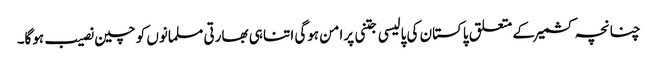
چنانچہ کشمیرکے متعلق پاکستان کی پالیسی جتنی پرامن ہوگی اتنا ہی بھارتی مسلمانوں کو چین نصیب ہوگا۔